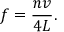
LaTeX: f = { \frac { n v } { 4 L } } .